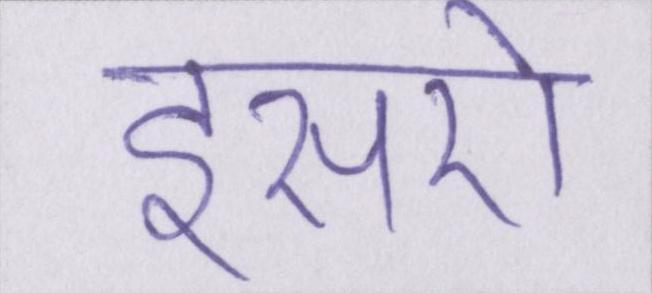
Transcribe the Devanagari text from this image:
इसरो